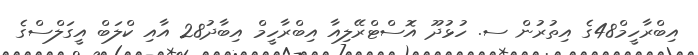
އިބްރާހީމް48ގެ އިތުރުން ސ. ހުޅުދޫ އޮސްޓްރޭލިއާ އިބްރާހީމް އިބާދު28 އާއި ކްލަބް އީގަލްސްގެ